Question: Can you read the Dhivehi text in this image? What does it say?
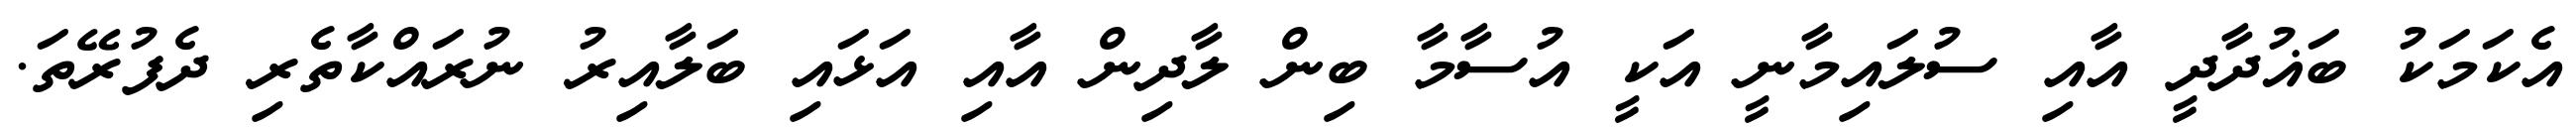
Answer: އެކަމަކު ބަޣުދާދީ އާއި ސުލައިމާނީ އަކީ އުސާމާ ބިން ލާދިން އާއި އަޅައި ބަލާއިރު ނުރައްކާތެރި ދެފުރޭތަ.